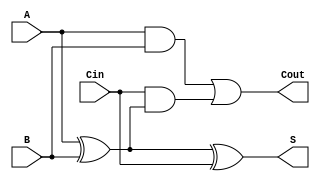
module full_adder (
    input wire A,     // First input bit
    input wire B,     // Second input bit
    input wire Cin,   // Carry input
    output wire S,    // Sum output
    output wire Cout   // Carry output
);

// Sum output calculation
assign S = A ^ B ^ Cin;

// Carry output calculation
assign Cout = (A & B) | (Cin & (A ^ B));

endmodule